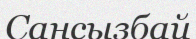
Сансызбай